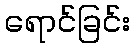
ရောင်ခြင်း